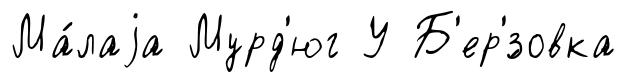
Ма́лаjа Мурд'юг У Б'ер'́зовка